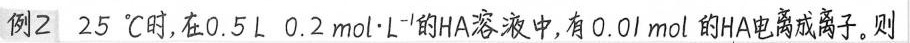
##例2 25℃时，在0.5L 0.2mol \cdot L^{-}的HA溶液中，有0.0I mol的HA电离成离子，则##